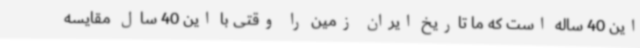
این 40 ساله است که ما تاریخ ایران زمین را وقتی با این 40 سال مقایسه